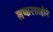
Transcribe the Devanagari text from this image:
लष्करशाहीने